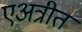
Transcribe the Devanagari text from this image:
एअत्रीत